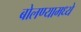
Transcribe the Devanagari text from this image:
बोलण्यामध्ये